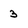
Character: 3